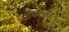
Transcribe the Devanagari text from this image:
डिफरन्सेज